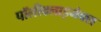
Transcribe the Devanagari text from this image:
पॉलीक्लाइमेक्स